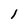
Character: l